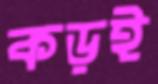
কড়ই